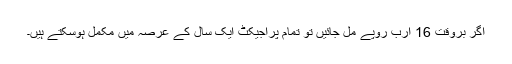
اگر بروقت 16 ارب روپے مل جائیں تو تمام پراجیکٹ ایک سال کے عرصہ میں مکمل ہوسکتے ہیں۔